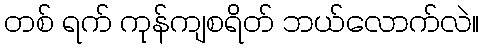
တစ် ရက် ကုန်ကျစရိတ် ဘယ်လောက်လဲ။